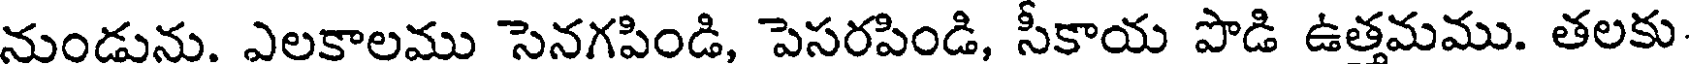
నుండును. ఎలకాలము సెనగపిండి, పెసరపిండి, సీకాయ పొడి ఉత్తమము. తలకు